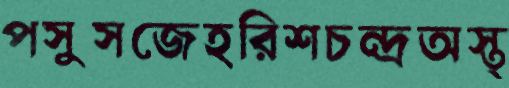
পসুসজেহরিশচন্দ্রঅস্ত্